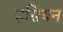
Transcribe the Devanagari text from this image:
हसियन